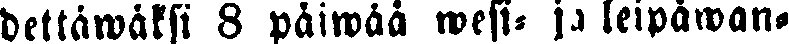
dettäwäksi 8 päiwää wesi- ja leipäwan-